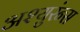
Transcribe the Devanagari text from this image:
अश्युरंन्स